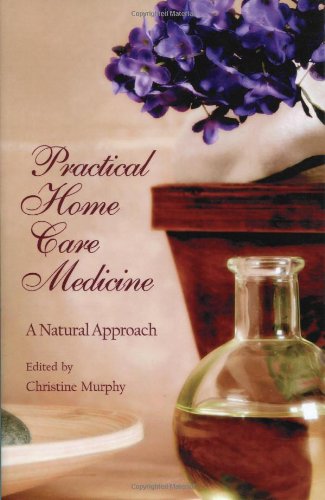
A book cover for Practical Home Care Medicine (Panacea Wellness Guide); Medical Books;